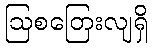
ဩစတြေးလျရှိ